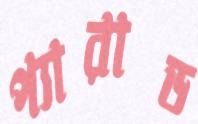
প্যারাড